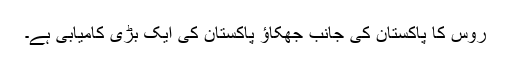
روس کا پاکستان کی جانب جھکاؤ پاکستان کی ایک بڑی کامیابی ہے۔